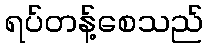
ရပ်တန့်စေသည်